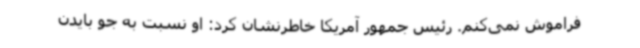
فراموش نمی‌کنم. رئیس جمهور آمریکا خاطرنشان کرد: او نسبت به جو بایدن